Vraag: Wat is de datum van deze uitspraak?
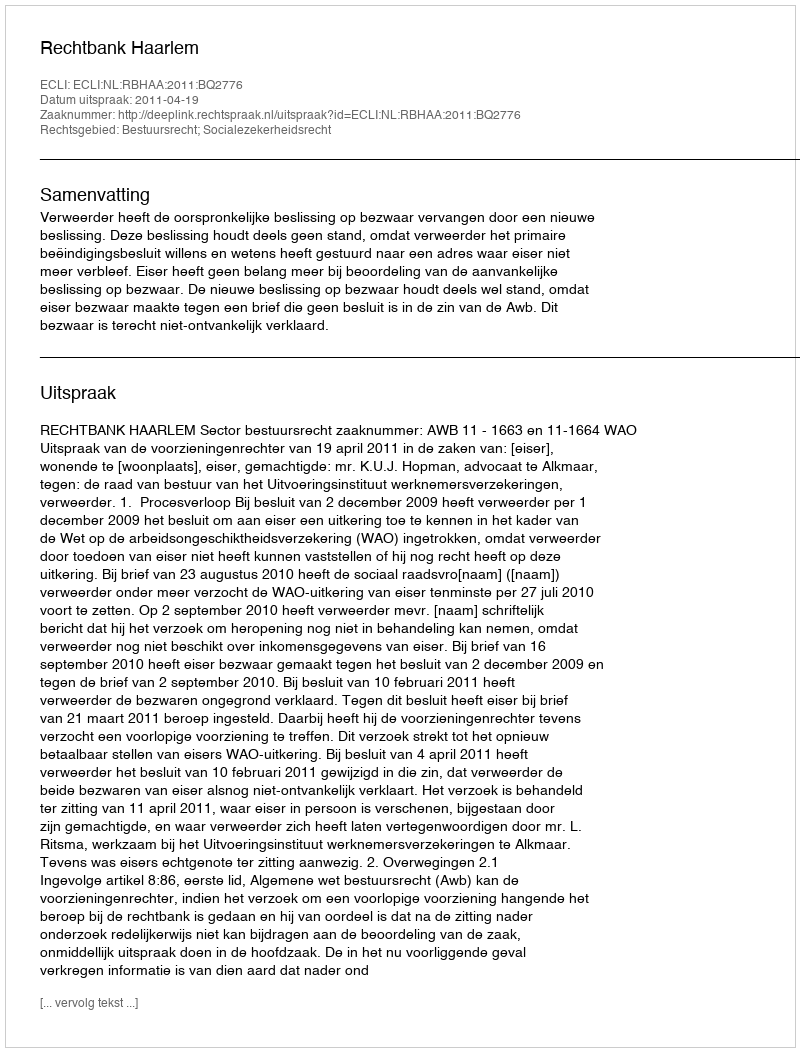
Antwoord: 2011-04-19